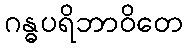
ဂန္ဓပရိဘာဝိတေ